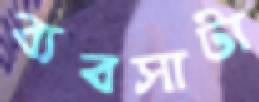
ব্যবসাটা